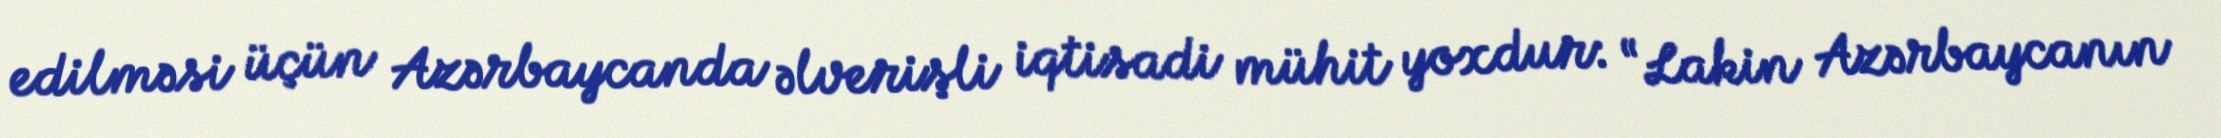
edilməsi üçün Azərbaycanda əlverişli iqtisadi mühit yoxdur: “Lakin Azərbaycanın